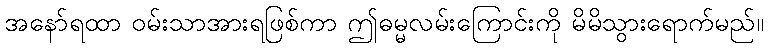
အနော်ရထာ ဝမ်းသာအားရဖြစ်ကာ ဤဓမ္မလမ်းကြောင်းကို မိမိသွားရောက်မည်။